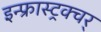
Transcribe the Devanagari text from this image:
इन्फ्रास्ट्रक्चर्